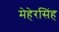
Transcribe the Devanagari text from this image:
मेहेरसिंह